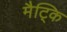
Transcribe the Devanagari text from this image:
मैट्कि